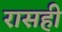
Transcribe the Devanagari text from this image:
रासही